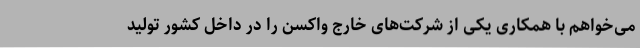
می‌خواهم با همکاری یکی از شرکت‌های خارج واکسن را در داخل کشور تولید